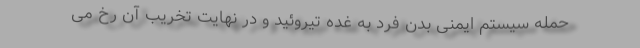
حمله سیستم ایمنی بدن فرد به غده تیروئید و در نهایت تخریب آن رخ می